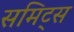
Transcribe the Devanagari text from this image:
समिट्स